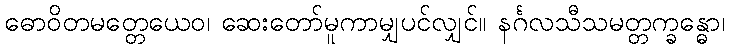
ဓောဝိတမတ္တေယေဝ၊ ဆေးတော်မူကာမျှပင်လျှင်။ နင်္ဂလသီသမတ္တက္ခန္ဓော၊